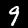
Digit: 9